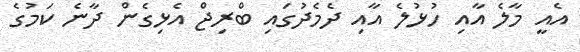
އެއީ މާލެ އާއި ހުޅުލެ އާއި ދެމެދުގައި ބްރިޖް އެޅިގެން ދާނެ ކަމުގެ